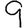
Digit: 9